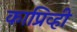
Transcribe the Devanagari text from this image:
काप्रिव्ही